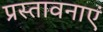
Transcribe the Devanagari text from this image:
प्रस्तावनाएं